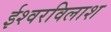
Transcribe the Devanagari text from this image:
ईश्वरविलाश